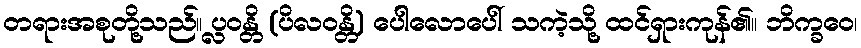
တရားအစုတို့သည်။ ပ္လဝန္တိ (ပိလဝန္တိ) ပေါလောပေါ် သကဲ့သို့ ထင်ရှားကုန်၏။ ဘိက္ခဝေ၊